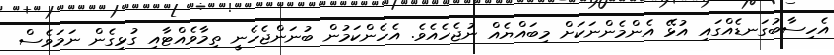
އެހިސާބުގަނޑެއްގައި އުޅޭ އެންމެންނަކަށް މިބައްޔެއް ނުޖެހެއެވެ. އެހެންކަމުން ބުނަންޖެހެނީ ތިމާވެއްޓާއި ގުޅިގެން ނަމަވެސް